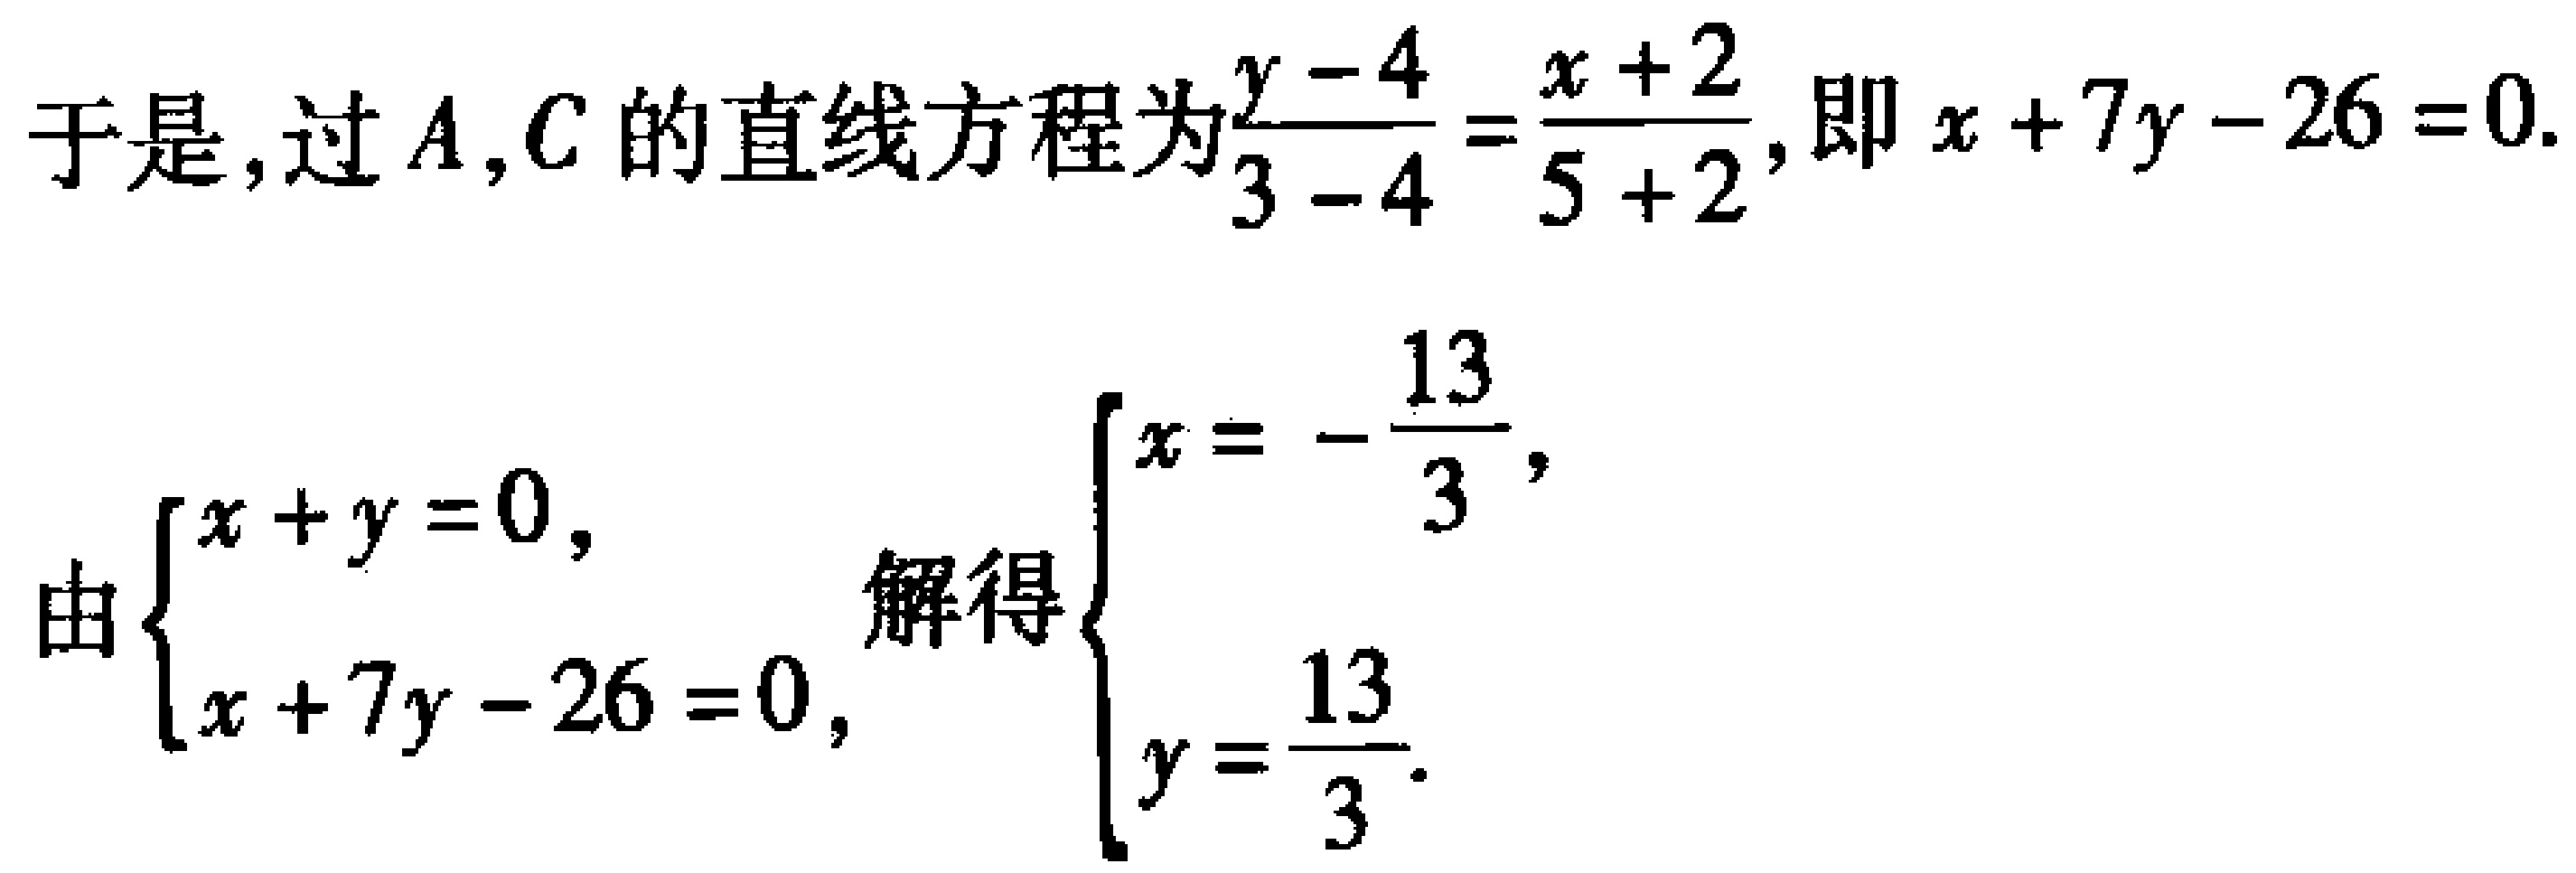
于是, 过 \(A,C\) 的直线方程为\(\frac{y - 4}{3 - 4}=\frac{x + 2}{5 + 2}\), 即 \(x + 7y - 26 = 0\).
由\(\begin{cases}x + y = 0,\\x + 7y - 26 = 0,\end{cases}\) 解得\(\begin{cases}x = -\frac{13}{3},\\y = \frac{13}{3}.\end{cases}\)